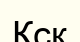
Кск